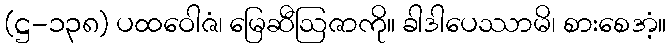
(ဋ္ဌ-၁၃၈) ပထဝေါဇံ၊ မြေဆီဩဇာကို။ ခါဒါပေဿာမိ၊ စားစေအံ့။